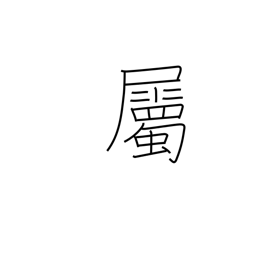
Meaning: belong